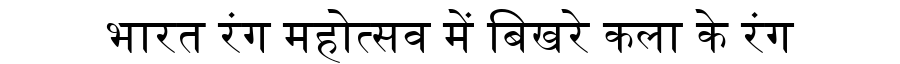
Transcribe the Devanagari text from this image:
भारत रंग महोत्सव में बिखरे कला के रंग